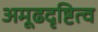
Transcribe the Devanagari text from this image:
अमूढदृष्टित्व